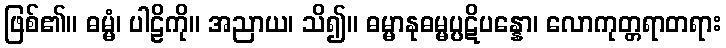
ဖြစ်၏။ ဓမ္မံ၊ ပါဠိကို။ အညာယ၊ သိ၍။ ဓမ္မာနုဓမ္မပ္ပဋိပန္နော၊ လောကုတ္တရာတရား